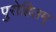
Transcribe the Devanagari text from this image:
पुरोहितम्